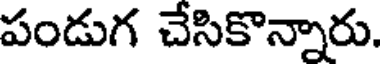
పండుగ చేసికొన్నారు.